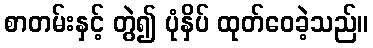
စာတမ်းနှင့် တွဲ၍ ပုံနှိပ် ထုတ်ဝေခဲ့သည်။